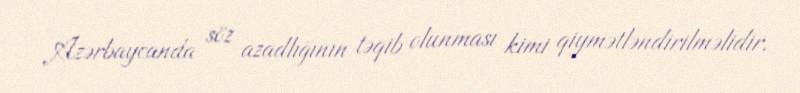
Azərbaycanda söz azadlığının təqib olunması kimi qiymətləndirilməlidir.